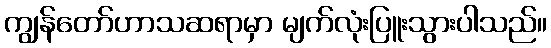
ကျွန်တော်ဟာသဆရာမှာ မျက်လုံးပြူးသွားပါသည်။